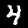
Label: 4